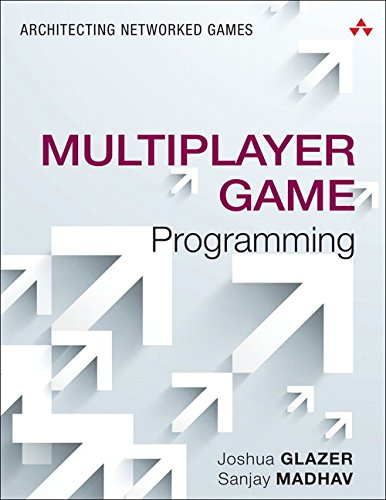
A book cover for Multiplayer Game Programming: Architecting Networked Games (Game Design); Josh Glazer; Computers & Technology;